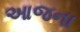
આજના